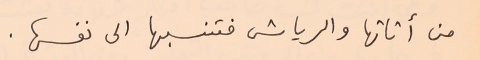
من أثاثها والرياش فتنسبها الى نفسها.